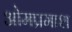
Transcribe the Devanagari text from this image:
ओमप्रमाश